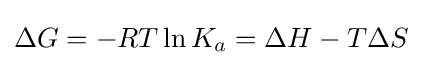
\Delta G=-RT\ln {K_{a}}=\Delta H-T\Delta S